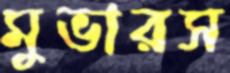
মুভারস